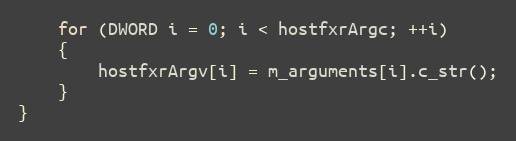
Language: C++
    for (DWORD i = 0; i < hostfxrArgc; ++i)
    {
        hostfxrArgv[i] = m_arguments[i].c_str();
    }
}